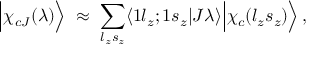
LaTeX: \Big | \chi _ { c J } ( \lambda ) \Big \rangle \; \approx \; \sum _ { l _ { z } s _ { z } } \langle 1 l _ { z } ; 1 s _ { z } | J \lambda \rangle \Big | \chi _ { c } ( l _ { z } s _ { z } ) \Big \rangle \, ,